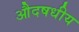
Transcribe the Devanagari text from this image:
औदषधीय